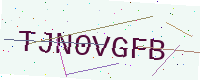
Text: TJN0VGFB